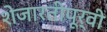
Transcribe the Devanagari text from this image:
शेजारतीपूर्वी